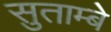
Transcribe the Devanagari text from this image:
सुताम्बे